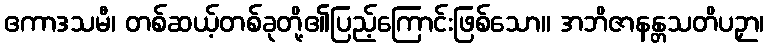
ဧကာဒသမီ၊ တစ်ဆယ့်တစ်ခုတို့၏ပြည့်ကြောင်းဖြစ်သော။ အဘိဇာနန္တသတိပဉှာ၊